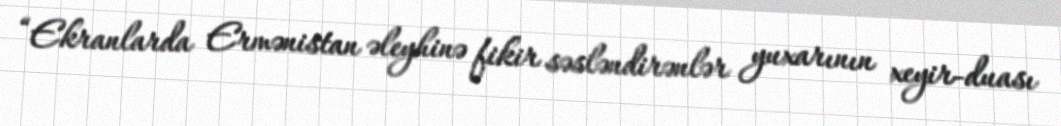
“Ekranlarda Ermənistan əleyhinə fikir səsləndirənlər yuxarının xeyir-duası